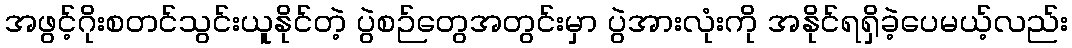
အဖွင့်ဂိုးစတင်သွင်းယူနိုင်တဲ့ ပွဲစဉ်တွေအတွင်းမှာ ပွဲအားလုံးကို အနိုင်ရရှိခဲ့ပေမယ့်လည်း